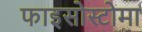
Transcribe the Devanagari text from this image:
फाइसोस्टोमा